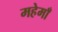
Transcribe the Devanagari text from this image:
महेमाँ